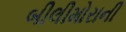
બીલીમોરાની